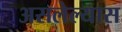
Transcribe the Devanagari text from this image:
असलेल्यास